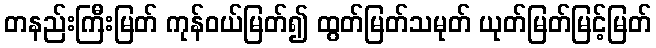
တနည်းကြီးမြတ် ကုန်ဝယ်မြတ်၍ ထွတ်မြတ်သမုတ် ယုတ်မြတ်မြင့်မြတ်